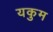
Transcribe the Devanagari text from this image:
यकुम